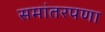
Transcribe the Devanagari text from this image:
समांतरपणा